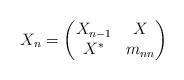
LaTeX: \begin{align*} X_n = \begin{pmatrix} X_{n-1} & X \\ X^* & m_{nn} \end{pmatrix}\end{align*}